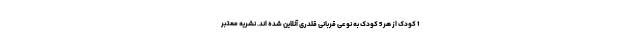
1 کودک از هر 5 کودک به نوعی قربانی قلدری آنلاین شده اند. نشریه معتبر